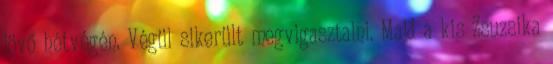
jövő hétvégén. Végül sikerült megvigasztalni. Majd a kis Zsuzsika